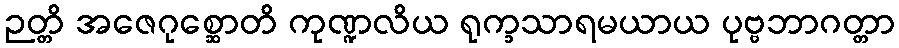
ဉတ္တိ အဇေဂုစ္ဆောတိ ကုဏ္ဍလိယ ရုက္ခသာရမယာယ ပုဗ္ဗဘာဂတ္တာ